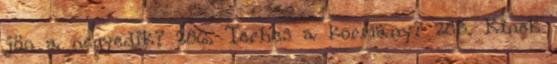
jön a negyedik? 286. Terhes a kormány? 285. Kinek